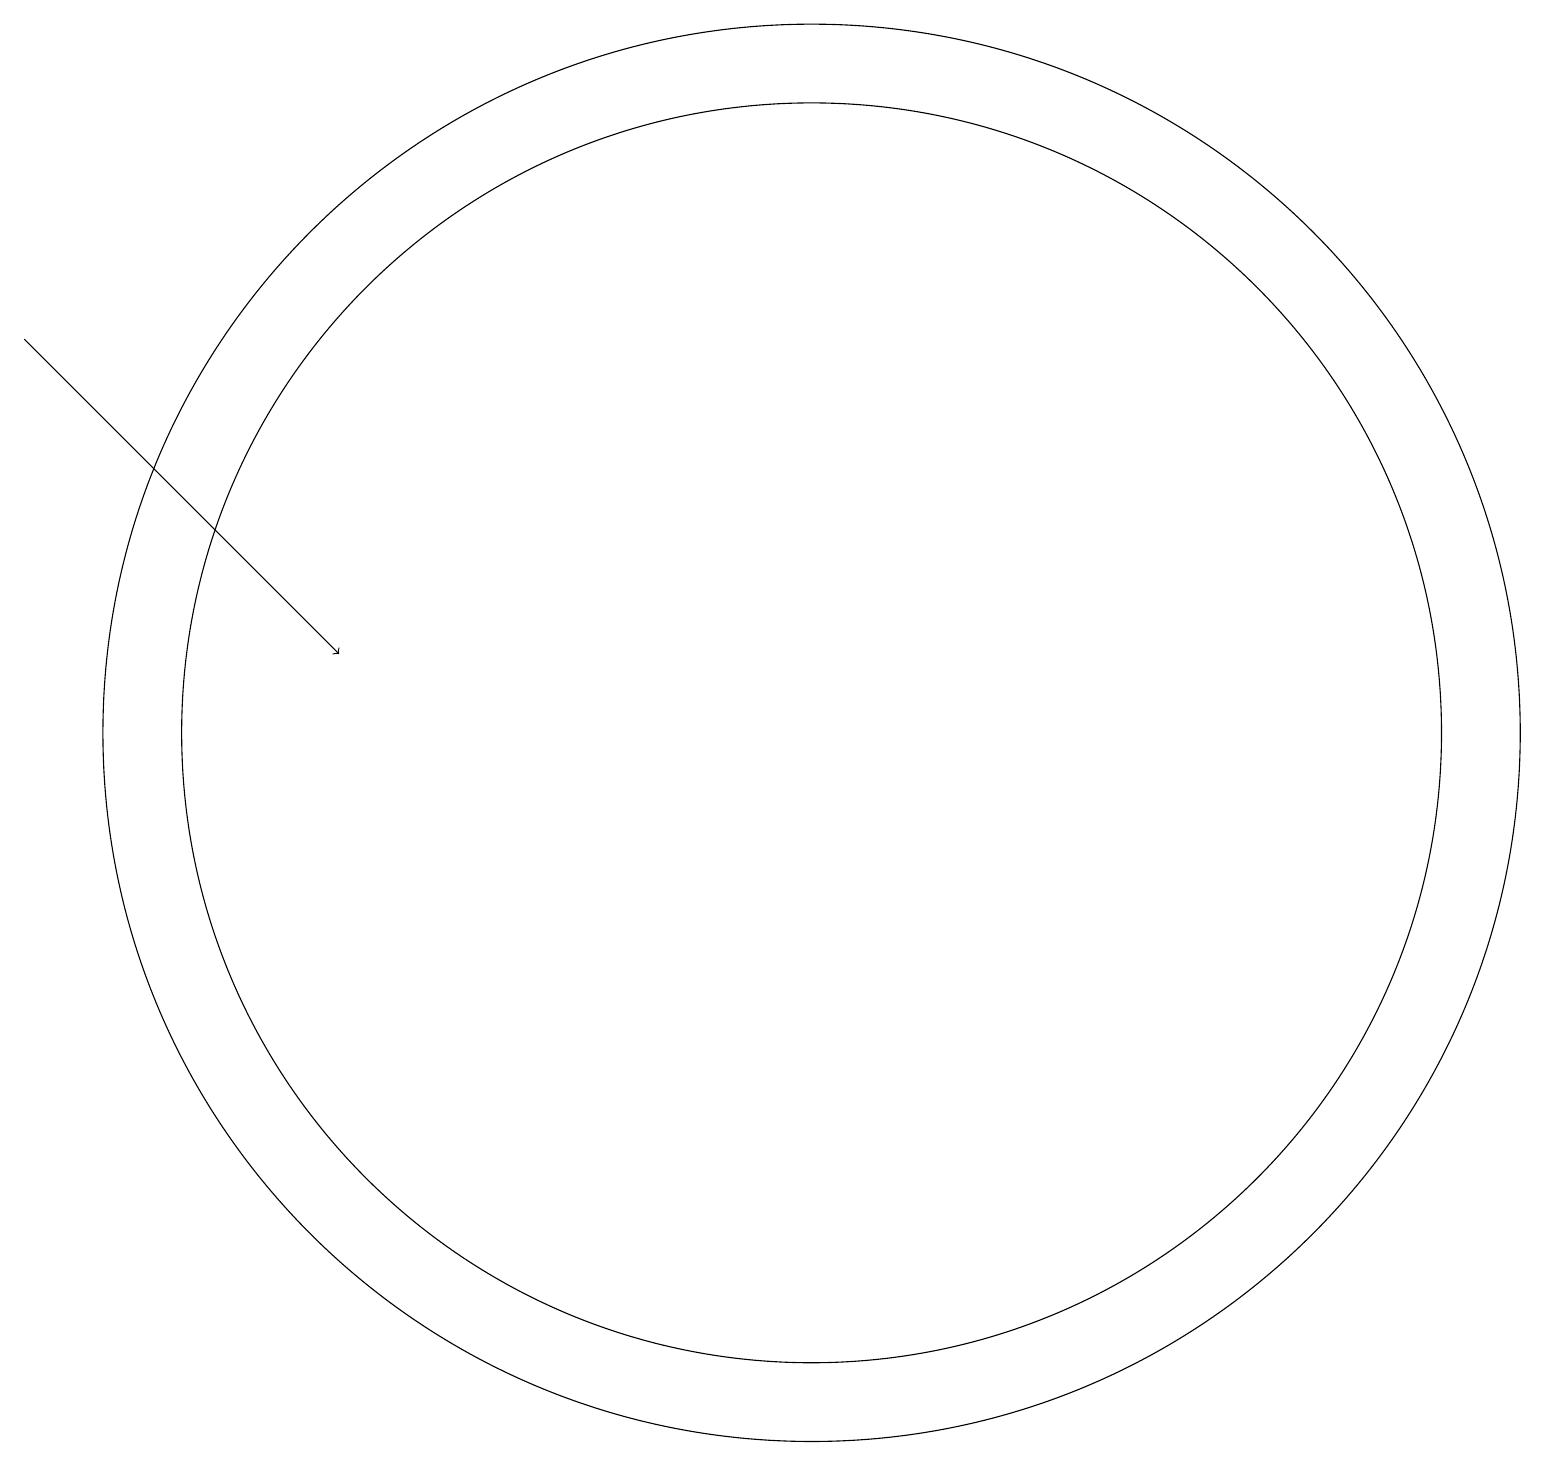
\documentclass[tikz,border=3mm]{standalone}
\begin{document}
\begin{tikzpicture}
\draw[->] (1,17) -- (5,13);
\draw (11,12) circle (8);
\draw (11,12) circle (9);
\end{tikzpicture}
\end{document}